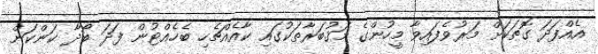
އެއްފަދަ ގޮތަކަށް މަރުވެފައިވާ މީހުންގެ މަޤުބަރާތަކުގައި ކާއެއްޗެހި ބެހެއްޓުން ފަދަ ބޯދާ ކަންކަން